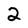
Character: 2